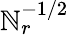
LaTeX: \mathbb{N}_{r}^{-1/2}